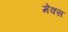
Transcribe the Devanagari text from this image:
मेंक्स